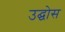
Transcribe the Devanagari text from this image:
उद्घोस